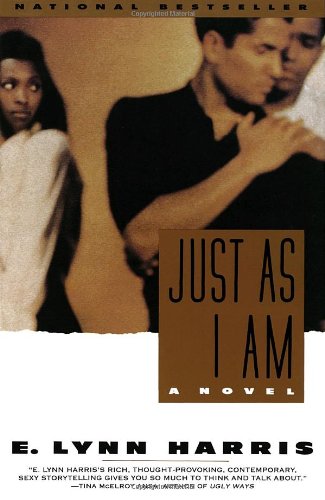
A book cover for Just As I Am: A Novel; E. Lynn Harris; Romance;